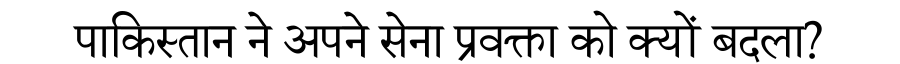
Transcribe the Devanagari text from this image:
पाकिस्तान ने अपने सेना प्रवक्ता को क्यों बदला?